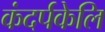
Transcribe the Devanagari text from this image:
कंदर्पकेलि